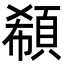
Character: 𩒽